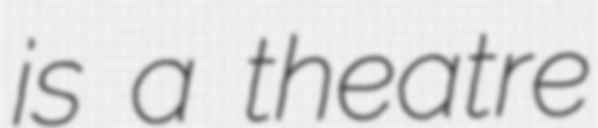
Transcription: is a theatre